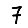
Digit: 7